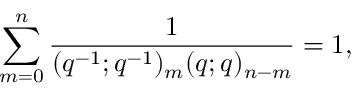
\sum _ { m = 0 } ^ { n } \frac { 1 } { ( q ^ { - 1 } ; q ^ { - 1 } ) _ { m } ( q ; q ) _ { n - m } } = 1 ,